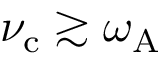
\nu _ { \mathrm { c } } \gtrsim \omega _ { \mathrm { A } }